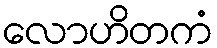
လောဟိတကံ